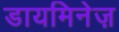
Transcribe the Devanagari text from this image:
डायमिनेज़